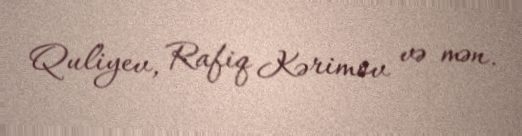
Quliyev, Rafiq Kərimov və mən.